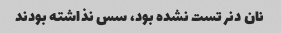
نان دنر تست نشده بود، سس نذاشته بودند